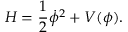
{ \cal H } = \frac { 1 } { 2 } { \dot { \phi } } ^ { 2 } + V ( \phi ) .